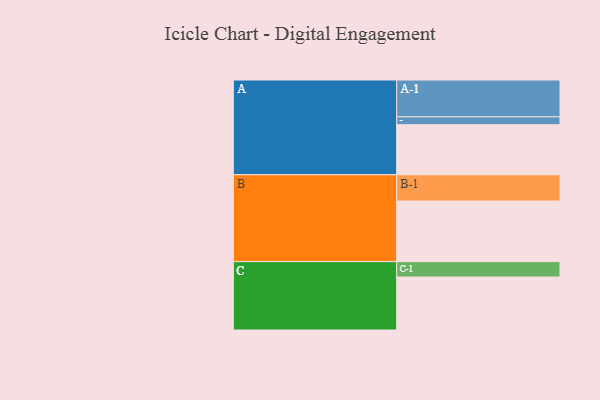
{"axis": {"x": "Segment", "y": "Value"}, "legend": ["", "A", "B", "C"], "data": [{"x": "A", "y": 322, "type": ""}, {"x": "B", "y": 390, "type": ""}, {"x": "C", "y": 341, "type": ""}, {"x": "A-1", "y": 237, "type": "A"}, {"x": "A-2", "y": 51, "type": "A"}, {"x": "B-1", "y": 169, "type": "B"}, {"x": "C-1", "y": 99, "type": "C"}]}